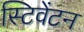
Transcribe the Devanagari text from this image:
स्टिवेंटन